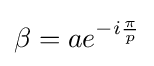
\beta =ae^{-i{\frac {\pi }{p}}}